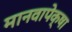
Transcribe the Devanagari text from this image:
मानवापेक्षा